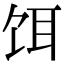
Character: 饵